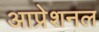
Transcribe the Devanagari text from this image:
आप्रेशनल